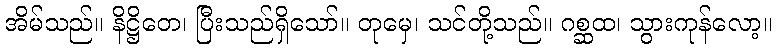
အိမ်သည်။ နိဋ္ဌိတေ၊ ပြီးသည်ရှိသော်။ တုမှေ၊ သင်တို့သည်။ ဂစ္ဆထ၊ သွားကုန်လော့။